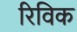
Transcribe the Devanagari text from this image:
रिविक